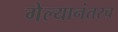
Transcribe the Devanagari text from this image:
गेल्यानंतरच